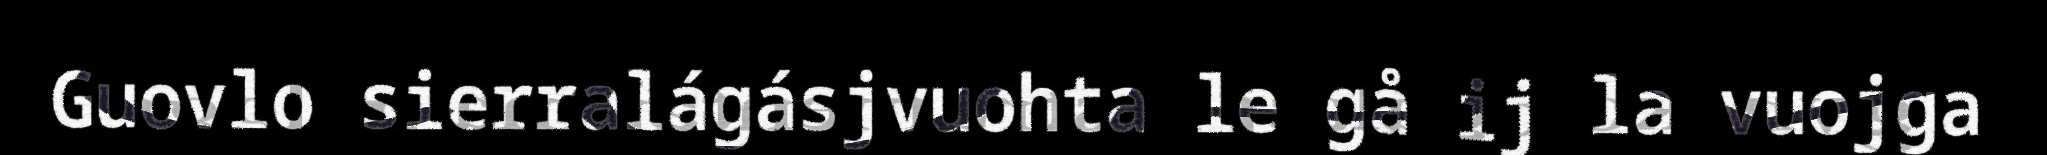
Guovlo sierralágásjvuohta le gå ij la vuojga